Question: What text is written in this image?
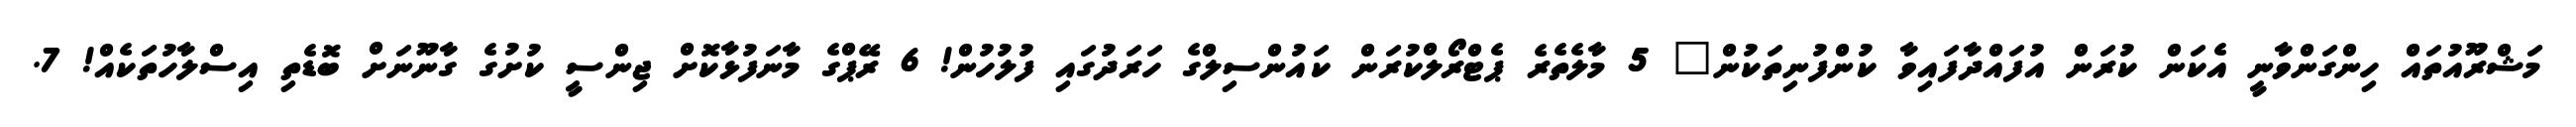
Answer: މަޝްރޫއުތައް ހިންގަންވާނީ އެކަން ކުރަން އުފައްދާފައިވާ ކުންފުނިތަކުން" 5 މާލެތެރެ ޕެޓްރޯލްކުރަން ކައުންސިލްގެ ހަރަދުގައި ފުލުހުން! 6 ރޭޕްގެ މާނަފުޅާކޮށް ޖިންސީ ކުށުގެ ގާނޫނަށް ބޮޑެތި އިސްލާހުތަކެއް! 7.